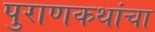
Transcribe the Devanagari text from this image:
पुराणकथांचा